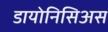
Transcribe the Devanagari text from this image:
डायोनिसिअस